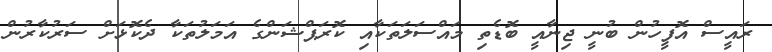
ރައީސް އޮފީހުން ބުނީ ޖިނާއީ ބޮޑެތި މައްސަލަތަކާއި ކޮރަޕްޝަންގެ އަމަލުތަކާ ދެކޮޅަށް ސަރުކާރުން